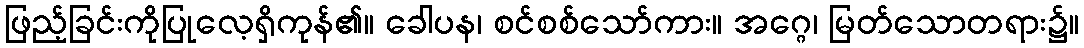
ဖြည့်ခြင်းကိုပြုလေ့ရှိကုန်၏။ ခေါပန၊ စင်စစ်သော်ကား။ အဂ္ဂေ၊ မြတ်သောတရား၌။